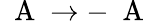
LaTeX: \mathrm{~\mathbf~A~}\rightarrow-\mathrm{~\mathbf~A~}